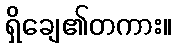
ရှိချေ၏တကား။